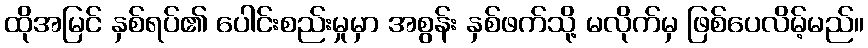
ထိုအမြင် နှစ်ရပ်၏ ပေါင်းစည်းမှုမှာ အစွန်း နှစ်ဖက်သို့ မလိုက်မှ ဖြစ်ပေလိမ့်မည်။